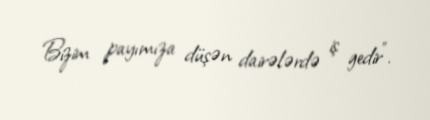
Bizim payımıza düşən dairələrdə iş gedir".